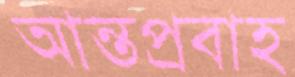
আন্তপ্রবাহ